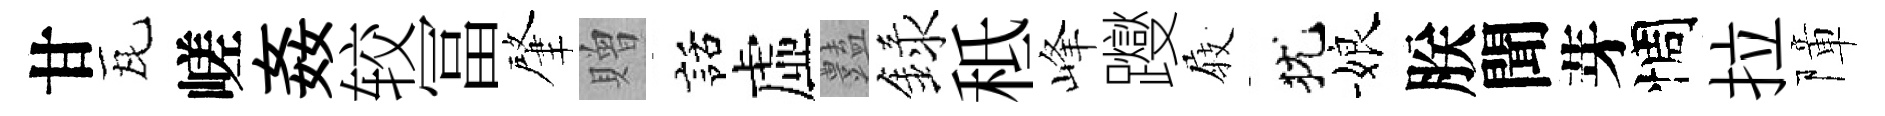
甘瓦嵯姦较冨肇贈話虛𧰟録秪峰躞𡲆犹娘朕聞芽惆拉障